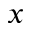
x